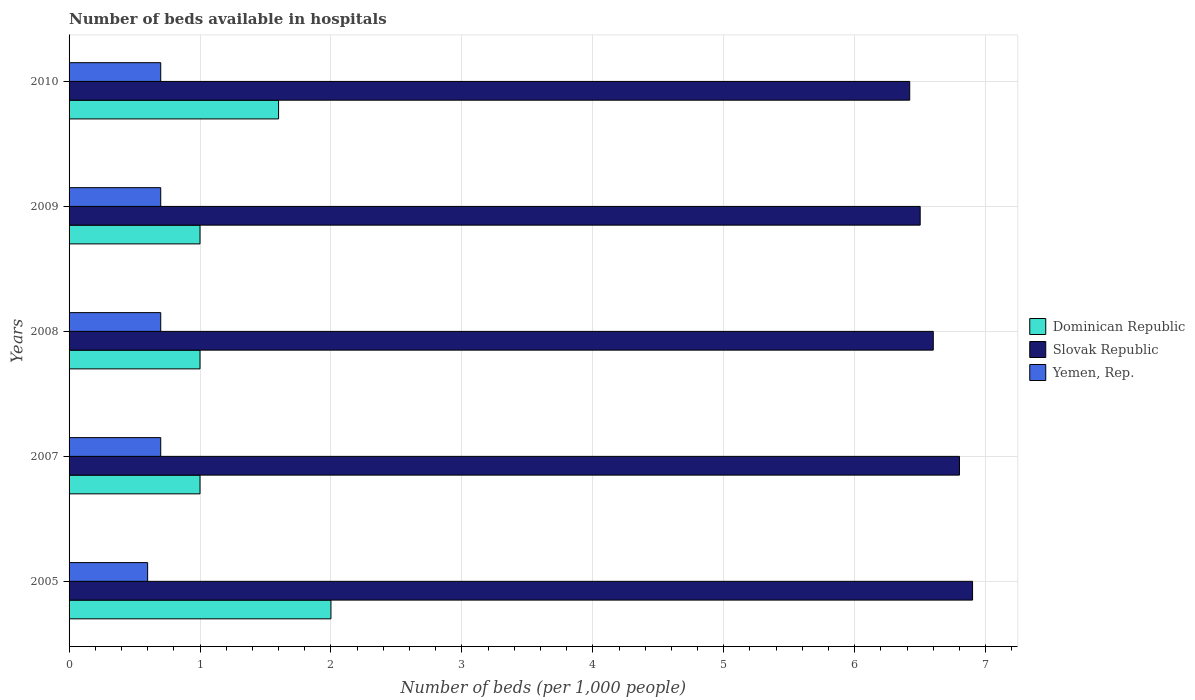
| Years | Dominican Republic | Slovak Republic | Yemen, Rep. |
 | --- | --- | --- | --- |
 | 2005 | 2 | 6.9 | 0.6 |
 | 2007 | 1 | 6.8 | 0.7 |
 | 2008 | 1 | 6.6 | 0.7 |
 | 2009 | 1 | 6.5 | 0.7 |
 | 2010 | 1.6 | 6.42 | 0.7 |